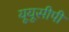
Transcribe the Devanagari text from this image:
यूयूसीपी